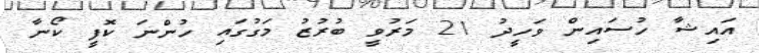
އައިޝާ ހުސައިން ވަހީދު 21 މަރުވީ ބުރުޒު މަގުގައި ހުންނަ ކޮފީ ކޯނާ